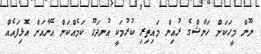
ނޫން މީހަކަށް ހަނާޝްގެ ރުއިން މައިތިރި ކުރުމަކީ އުނދަގޫ ކަމެއްކަން އޭނާއަށް އޮޅިފައެއް